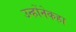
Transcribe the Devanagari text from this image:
उन्होंनेकहा